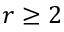
r \ge 2